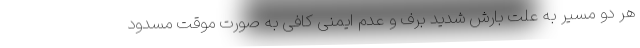
هر دو مسیر به علت بارش شدید برف و عدم ایمنی کافی به صورت موقت مسدود